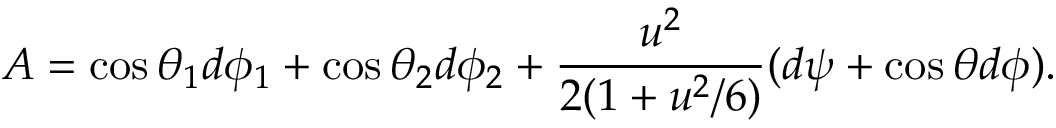
A = \cos { \theta _ { 1 } } d \phi _ { 1 } + \cos { \theta _ { 2 } } d \phi _ { 2 } + { \frac { u ^ { 2 } } { 2 ( 1 + u ^ { 2 } / 6 ) } } ( d \psi + \cos \theta d \phi ) .